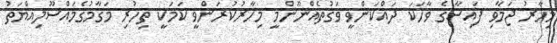
މިހާރު ޖަމާވި ފައިސާގެ ވާހަކަ ދައްކަންވީ ވަގުތެއްނޫންމީ މިހާރުކުރަންވީ ކަމަކީ ތިހުރި މަގާމުގެމައްސޫލިއްޔަތު